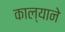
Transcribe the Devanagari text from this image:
काल्याने